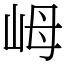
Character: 㟂